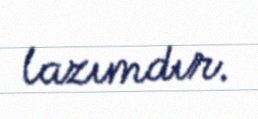
lazımdır.